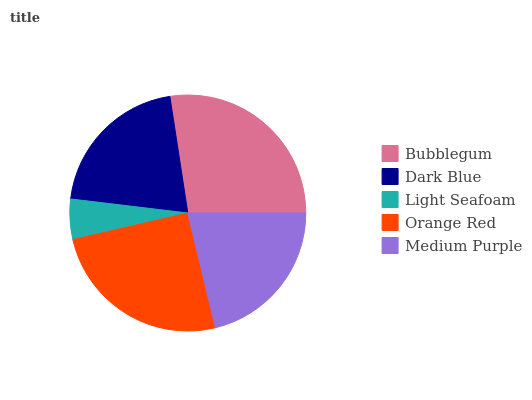
| Bubblegum | Dark Blue | Light Seafoam | Orange Red | Medium Purple |
 | --- | --- | --- | --- | --- |
 | 27.4% | 20.7% | 5.53% | 25.2% | 21.2% |